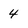
Character: 4